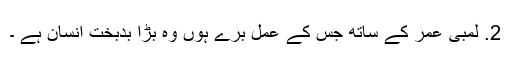
2. لمبی عمر کے ساتھ جس کے عمل برے ہوں وہ بڑا بدبخت انسان ہے ۔